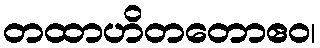
တထာဟိတတောဧဝ၊